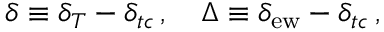
\delta \equiv \delta _ { T } - \delta _ { t c } \, , \quad \Delta \equiv \delta _ { \mathrm { e w } } - \delta _ { t c } \, ,